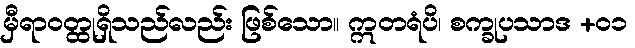
မှီရာဝတ္ထုရှိသည်လည်း ဖြစ်သော။ ဣတရံပိ၊ စက္ခုပသာဒ +၀၁